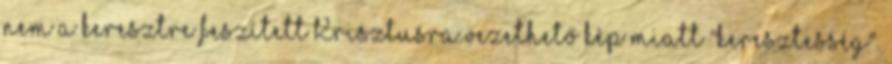
nem a keresztre feszített Krisztusra vezethető kép miatt "keresztesség".